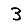
Digit: 3